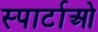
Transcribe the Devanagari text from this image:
स्पार्टाओ